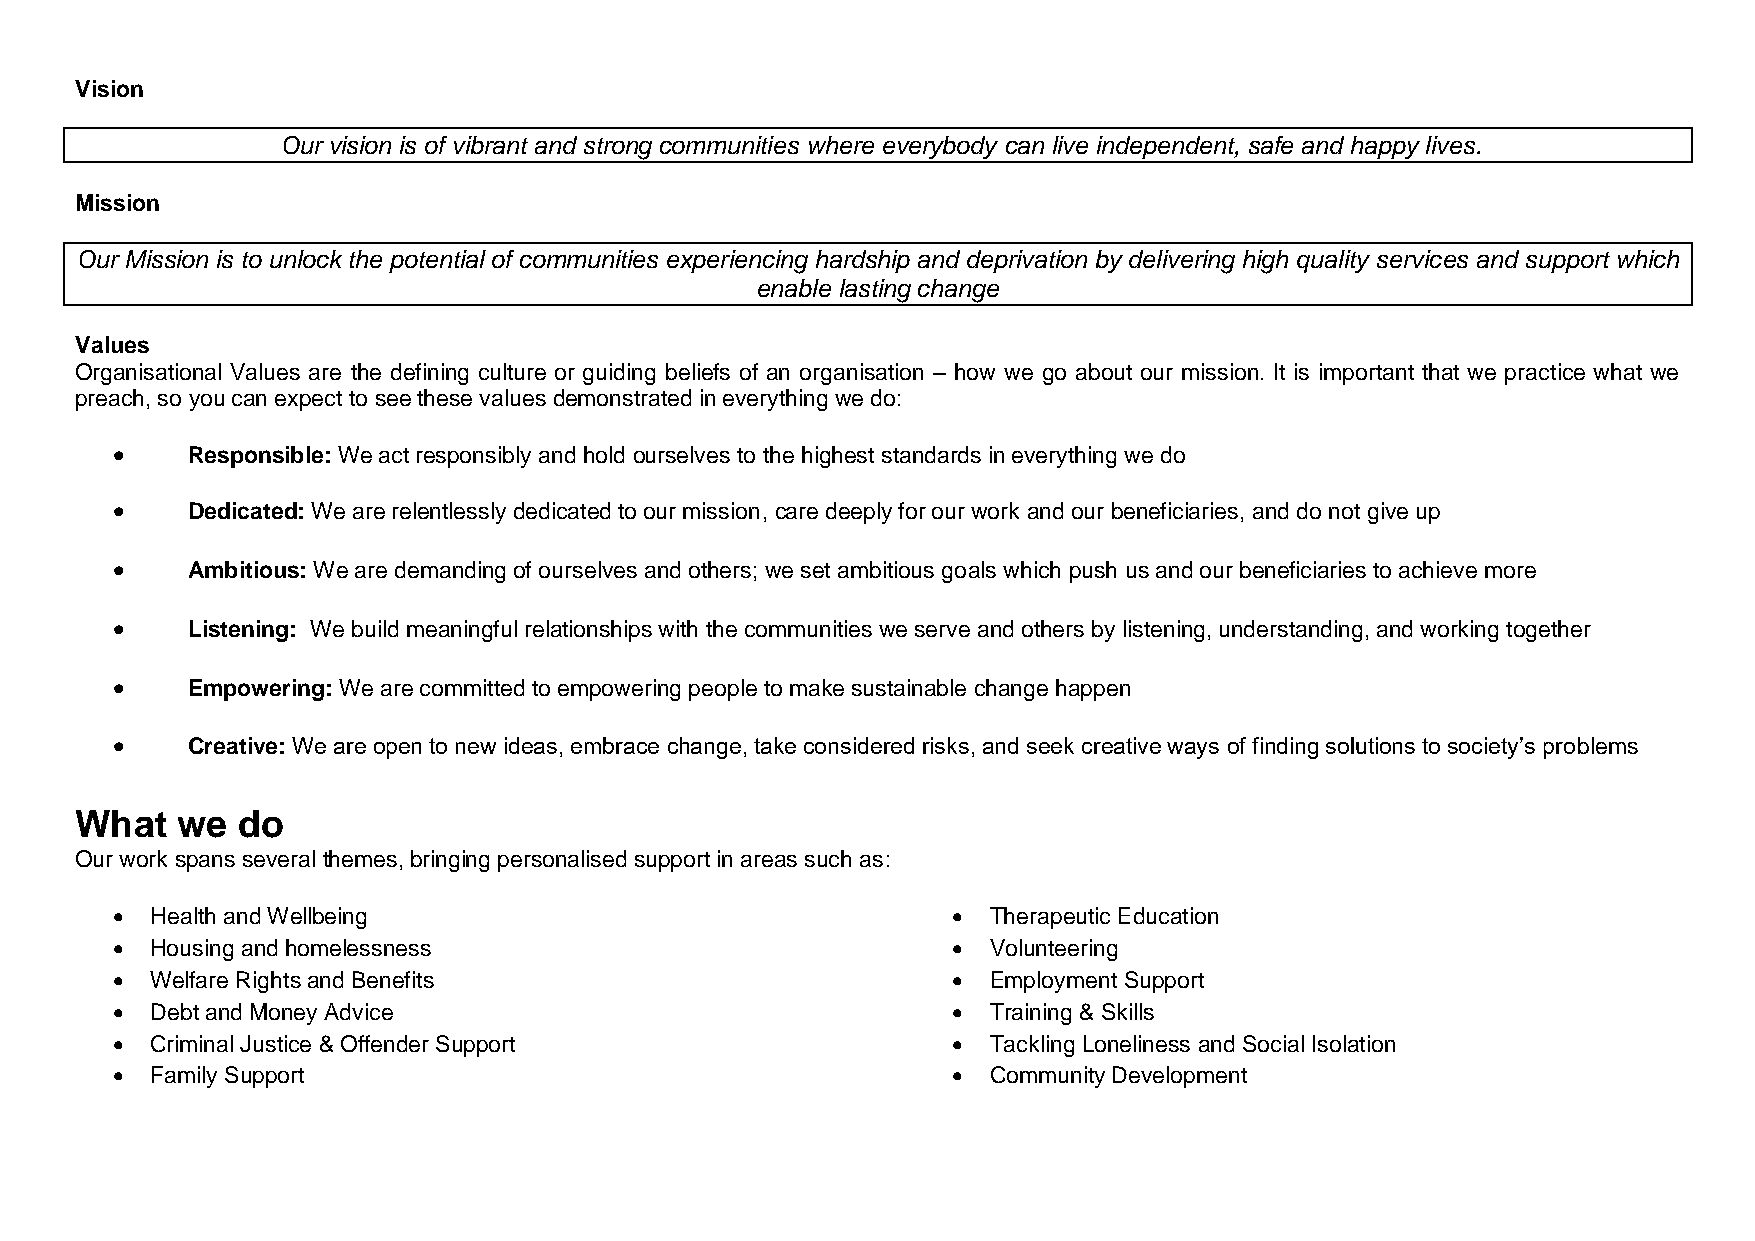
Vision
 Our vision is of vibrant and strong communities where everybody can live independent, safe and happy lives.
 Mission
 Our Mission is to unlock the potential of communities experiencing hardship and deprivation by delivering high quality services and support which
 enable lasting change
 Values
 Organisational Values are the defining culture or guiding beliefs of an organisation – how we go about our mission. It is important that we practice what we
 preach, so you can expect to see these values demonstrated in everything we do:
 •    Responsible: We act responsibly and hold ourselves to the highest standards in everything we do
 •    Dedicated: We are relentlessly dedicated to our mission, care deeply for our work and our beneficiaries, and do not give up
 •    Ambitious: We are demanding of ourselves and others; we set ambitious goals which push us and our beneficiaries to achieve more
 •    Listening: We build meaningful relationships with the communities we serve and others by listening, understanding, and working together
 •    Empowering: We are committed to empowering people to make sustainable change happen
 •    Creative: We are open to new ideas, embrace change, take considered risks, and seek creative ways of finding solutions to society’s problems
 What   we  do
 Our work spans several themes, bringing personalised support in areas such as:
 •  Health and Wellbeing                                 • Therapeutic Education
 •  Housing and homelessness                             • Volunteering
 •  Welfare Rights and Benefits                          • Employment Support
 •  Debt and Money Advice                                • Training & Skills
 •  Criminal Justice & Offender Support                  • Tackling Loneliness and Social Isolation
 •  Family Support                                       • Community Development